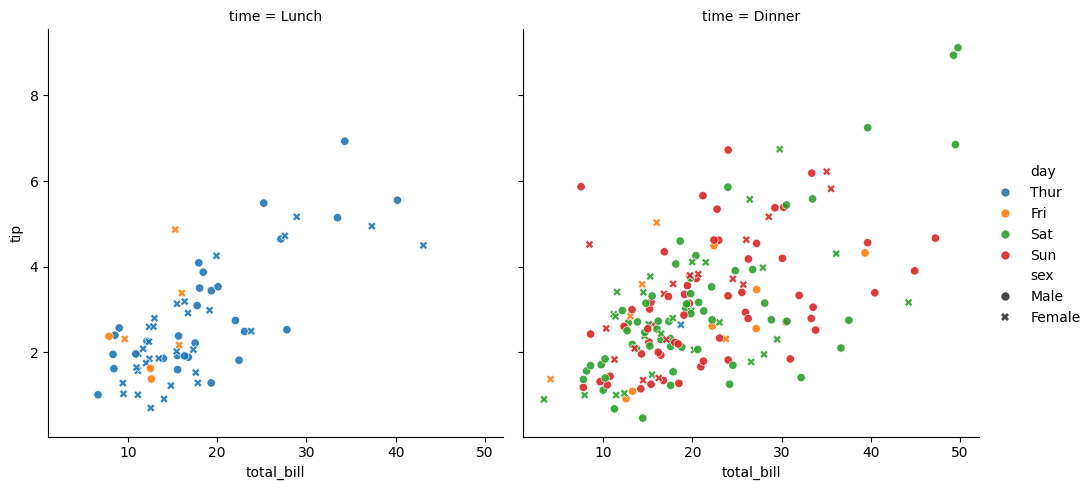
python, seaborn, relplot, alpha=0.9